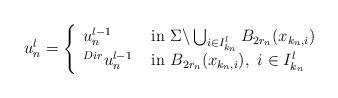
LaTeX: \begin{align*}u_n^l= \left\{\begin{array}{ll}u_n^{l-1} & \mbox{ in }\Sigma \backslash \bigcup_{i \in I^l_{k_n}} B_{2r_n}(x_{k_n,i})\\^{Dir}u_n^{l-1} & \mbox{ in }B_{2r_n}(x_{k_n,i}), \ i \in I^l_{k_n}\end{array}\right.\end{align*}